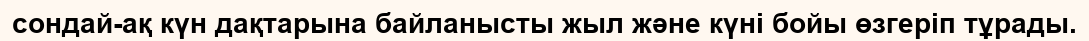
сондай-ақ күн дақтарына байланысты жыл және күні бойы өзгеріп тұрады.